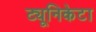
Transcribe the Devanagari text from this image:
ट्यूनिकेटा